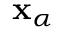
\mathbf { x } _ { \alpha }